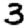
Digit: 3